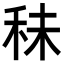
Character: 𥞊